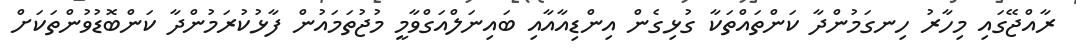
ރާއްޖޭގައި މިހާރު ހިނގަމުންދާ ކަންތައްތަކާ ގުޅިގެން އިންޑިއާއާއި ބައިނަލްއަގްވާމީ މުޖުތަމައުން ފާޅުކުރަމުންދާ ކަންބޮޑުވުންތަކަށް